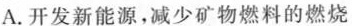
A.开发新能源，减少矿物燃料的燃烧